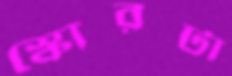
স্কোরটা